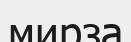
мирза